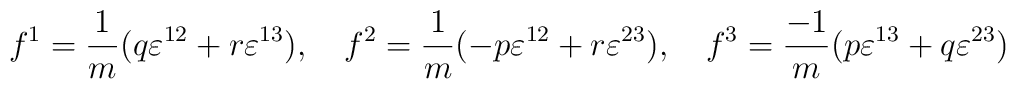
f^1 =\frac{1}{m}(q\varepsilon^{12} + r \varepsilon^{13}),~~~f^2 =  \frac{1}{m}(-p\varepsilon^{12} + r \varepsilon^{23}), ~~~f^3 = \frac{-1}{m}( p\varepsilon^{13} + q \varepsilon^{23})